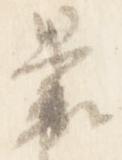
裹